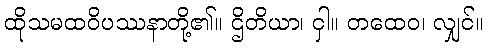
ထိုသမထဝိပဿနာတို့၏။ ဌိတိယာ၊ ငှါ။ တထေဝ၊ လျှင်။